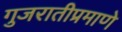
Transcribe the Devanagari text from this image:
गुजरातीप्रमाणे